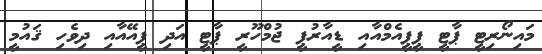
މައިނޯރިޓީ ޕާޓީ ޕީޕީއެމްއާއި ޑީއާރުޕީ ޖުމްހޫރީ ޕާޓީ އަދި ޕީއޭއާއި ދިވެހި ޤައުމީ